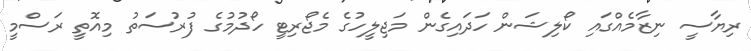
ރިޔާސީ ނިޒާމެއްގައި ކޯލިޝަން ހަދައިގެން މަޖިލީހުގެ މެޖޯރިޓީ ހޯދުމުގެ ފުރުސަތު މިއޮތީ ރަސްމީ